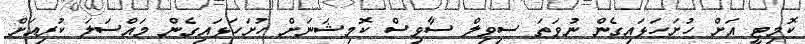
ކޮމިޓީ އަށް ހުށަހަޅައިގެން ނުވަތަ ސިވިލް ސާވިސް ކޮމިޝަނަށް ހުށަހަޅައިގެން މައްސަލަ ކުރިއަށް